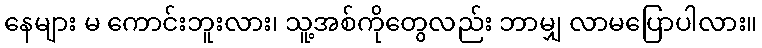
နေများ မ ကောင်းဘူးလား၊ သူ့အစ်ကိုတွေလည်း ဘာမျှ လာမပြောပါလား။